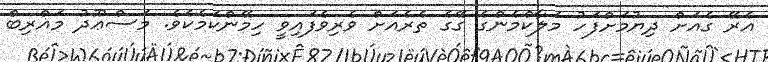
އެރޭ ގެއަށް ދިޔުމަށްފަހު މަލާކްމެންގެ ގޭގެ ތެރެއަށް ވެރިވެފައިވީ ހިމޭންކަމެކެވެ. މަސްޢޫދު މަޣްރިބް